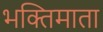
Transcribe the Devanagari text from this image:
भक्तिमाता